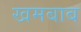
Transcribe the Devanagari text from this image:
खमबाब